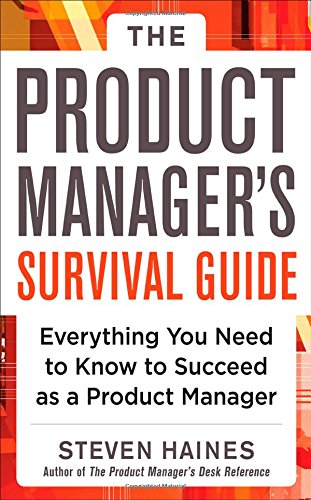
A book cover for The Product Manager's Survival Guide: Everything You Need to Know to Succeed as a Product Manager; Steven Haines; Business & Money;